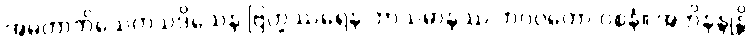
အမတာဘိသေကသဒိသေန ဗြဟ္မဿရေန ဘာသမာနဿ ဘဂဝတော ဝစနံ။ အဘိနန္ဒုန္တိ